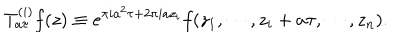
T _ { a \tau } ^ { ( i ) } f ( z ) \equiv e ^ { \pi i a ^ { 2 } \tau + 2 \pi i a z _ { i } } f ( z _ { 1 } , \cdots , z _ { i } + a \tau , \cdots , z _ { n } ) .